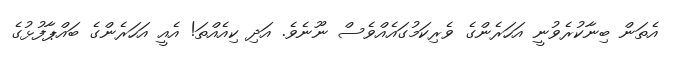
އެތަން ބިނާކުރެވުނީ އަހަރެންގެ ވެރިކަމުގައެއްވެސް ނޫނެވެ. އަދި ކިއެއްތަ! އެއީ އަހަރެންގެ ބައްޕާފުޅުގެ